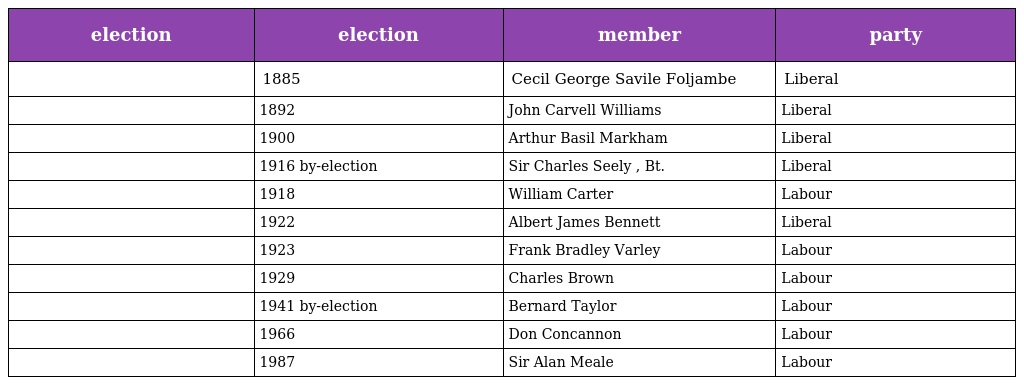
| election | election | member | party |
 | --- | --- | --- | --- |
 |  | 1885 | Cecil George Savile Foljambe | Liberal |
 |  | 1892 | John Carvell Williams | Liberal |
 |  | 1900 | Arthur Basil Markham | Liberal |
 |  | 1916 by-election | Sir Charles Seely , Bt. | Liberal |
 |  | 1918 | William Carter | Labour |
 |  | 1922 | Albert James Bennett | Liberal |
 |  | 1923 | Frank Bradley Varley | Labour |
 |  | 1929 | Charles Brown | Labour |
 |  | 1941 by-election | Bernard Taylor | Labour |
 |  | 1966 | Don Concannon | Labour |
 |  | 1987 | Sir Alan Meale | Labour |